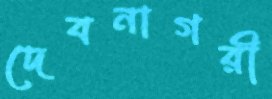
দেবনাগরী